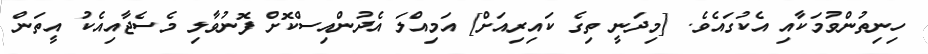
ހިނިތުންވުމަކާއި އެކުގައެވެ. [މިދަނީ ތިގެ ކައިރިއަށް] އަމިއްލަ އެދުންއިސްކޮށް ފޮނުވާލި މެސެޖާއިއެކު އީތަން